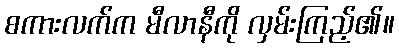
စကားလက်က မီလာနီကို လှမ်းကြည့်၏။